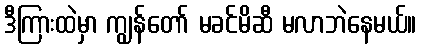
ဒီကြားထဲမှာ ကျွန်တော် မခင်မိဆီ မလာဘဲနေမယ်။